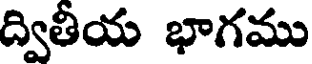
ద్వితీయ భాగము